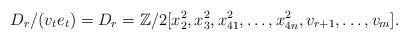
LaTeX: \begin{align*}D_r/(v_t e_t)=D_r=\mathbb{Z}/2[x_2^2, x_3^2, x_{41}^2, \dots, x_{4n}^2, v_{r+1}, \dots, v_m]. \end{align*}